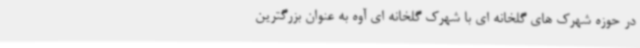
در حوزه شهرک های گلخانه ای با شهرک گلخانه ای آوه به عنوان بزرگترین